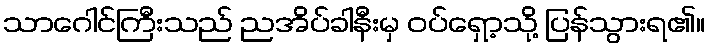
သာဂေါင်ကြီးသည် ညအိပ်ခါနီးမှ ဝပ်ရှော့သို့ ပြန်သွားရ၏။